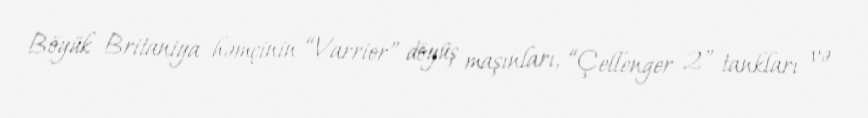
Böyük Britaniya həmçinin “Varrior” döyüş maşınları, “Çellenger 2” tankları və